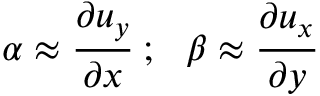
\alpha \approx { \cfrac { \partial u _ { y } } { \partial x } } ~ ; ~ ~ \beta \approx { \cfrac { \partial u _ { x } } { \partial y } }